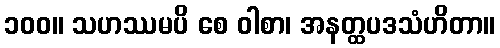
၁၀၀။ သဟဿမပိ စေ ဝါစာ၊ အနတ္ထပဒသံဟိတာ။